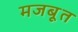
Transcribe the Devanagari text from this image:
मजबूूत